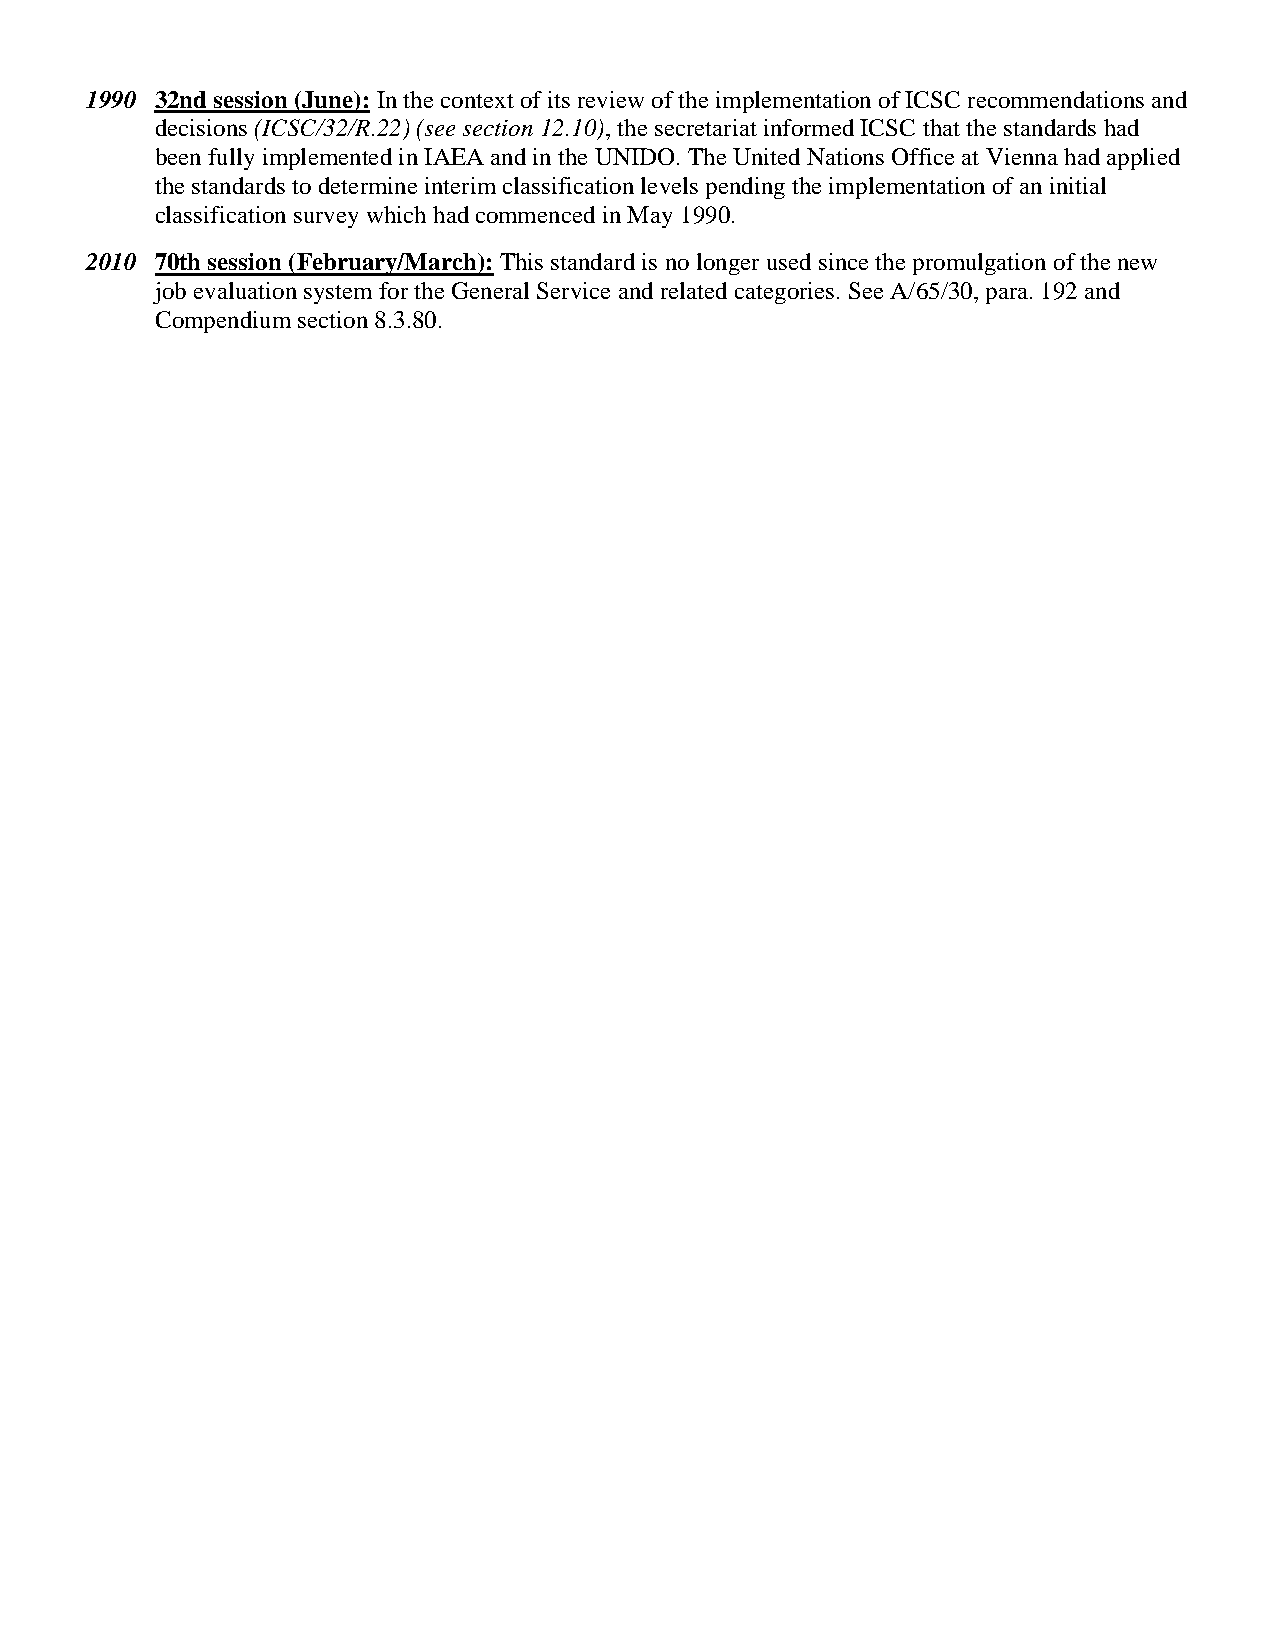
1990 32nd session (June): In the context of its review of the implementation of ICSC recommendations and
 decisions (ICSC/32/R.22) (see section 12.10), the secretariat informed ICSC that the standards had
 been fully implemented in IAEA and in the UNIDO. The United Nations Office at Vienna had applied
 the standards to determine interim classification levels pending the implementation of an initial
 classification survey which had commenced in May 1990.
 2010 70th session (February/March): This standard is no longer used since the promulgation of the new
 job evaluation system for the General Service and related categories. See A/65/30, para. 192 and
 Compendium section 8.3.80.